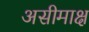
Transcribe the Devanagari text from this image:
असीमाक्ष